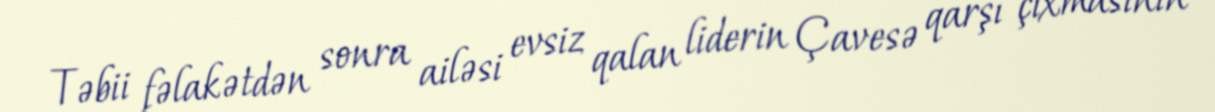
Təbii fəlakətdən sonra ailəsi evsiz qalan liderin Çavesə qarşı çıxmasının